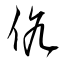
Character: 伉